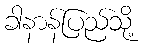
ခါနာန်ပြည်သို့